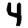
Digit: 4